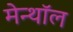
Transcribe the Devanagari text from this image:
मेन्थॉल